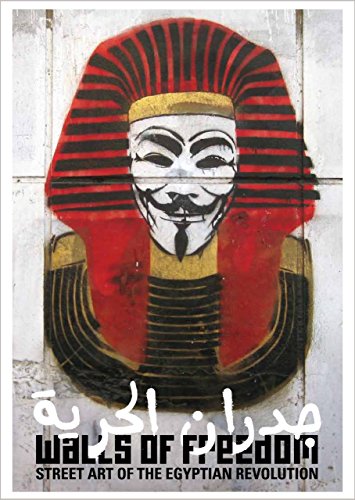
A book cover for Walls of Freedom: Street Art of the Egyptian Revolution; Don STONE Karl; Arts & Photography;